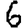
Digit: 6